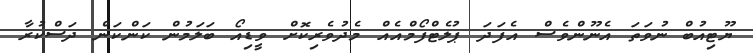
ޔޫޓިއުބް ނުވަތަ އެނޫންވެސް އެފަދަ ޕުލެޓްފޯމްއެއް މެދުވެރިކޮށް ވީޑިއޯ ބަލަމުން ކަންކަން ދަސްކުރާ